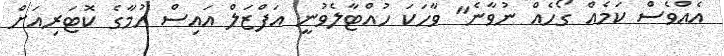
އެއްވެސް ކަމެއް ގޯހެއް ނުވާނެ" ވާހަކަ ހުއްޓާލެވުނީ އަފްޒަލް އައިސް ހުމާގެ ކޮޓަރިއަށް